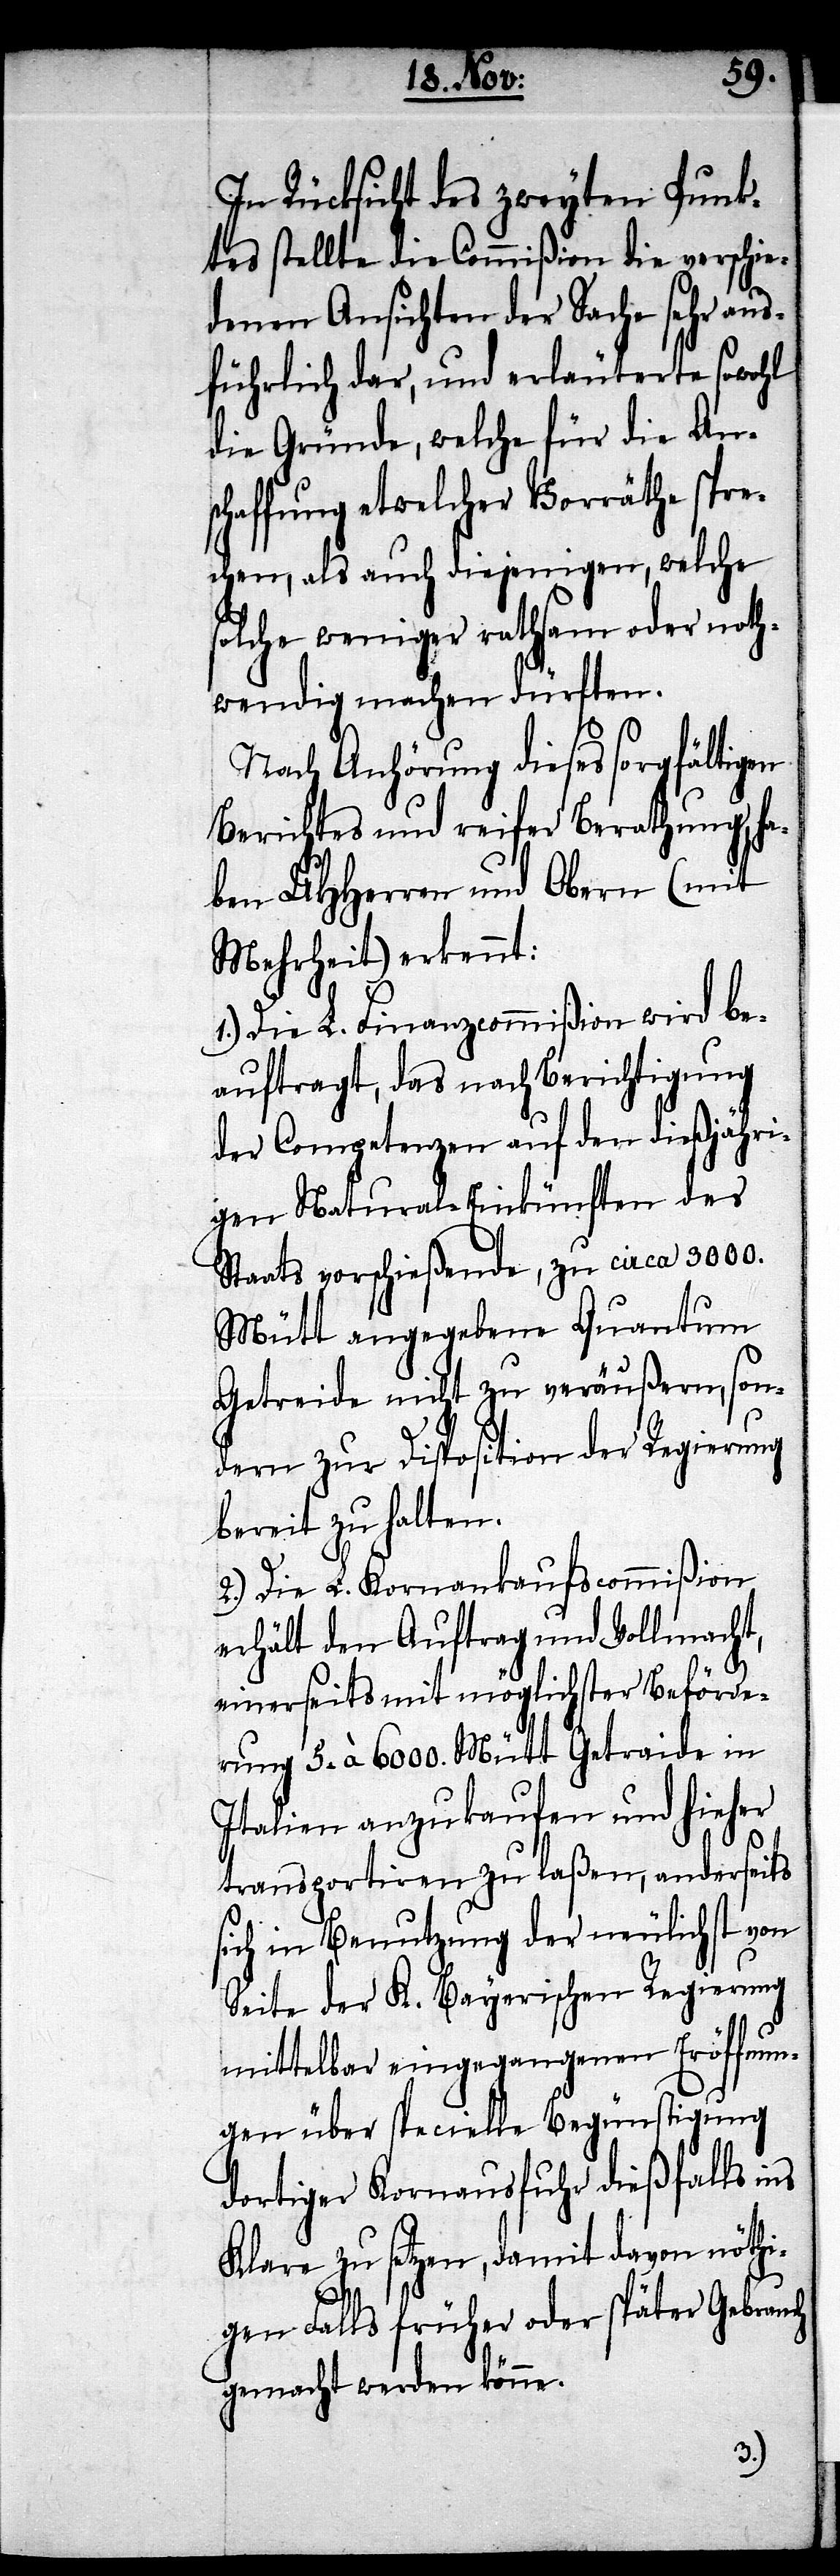
In Rücksicht des zweyten Punk¬
tes stellte die Commißion die verschie¬
denen Ansichten der Sache sehr aus¬
führlich dar, und erläuterte sowohl
die Gründe, welche für die An¬
schaffung etwelcher Vorräthe spre¬
chen, als auch diejenigen, welche
solche weniger rathsam oder noth¬
wendig machen dürften.
Nach Anhörung dieses sorgfältigen
Berichtes und reifer Berathung, ha¬
ben UHHerren und Obern (mit
Mehrheit) erkennt:
1.) Die L. Finanzcommißion wird be¬
auftragt, das nach Berichtigung
der Competenzen auf den dießjähri¬
gen Natural-Einkünften des
Staats vorschießende, zu circa 3000.
Mütt angegebene Quantum
Getreide nicht zu veräußern, son¬
dern zur Disposition der Regierung
bereit zu halten.
2.) Die L. Kornankaufscommißion
erhält den Auftrag und Vollmacht,
einerseits mit möglichster Beförde¬
rung 5. à 6000. Mütt Getraide in
Italien anzukaufen und hieher
transportiren zu laßen, anderseits
sich in Benutzung der nämlichst von
Seite der K. Bayerischen Regierung
mittelbar eingegangenen Eröffnun¬
gen über specielle Begünstigung
dortiger Kornausfuhr dießfalls ins
Klare zu setzen, damit davon nöthi¬
gen Falls früher oder später Gebrauch
gemacht werden könne.